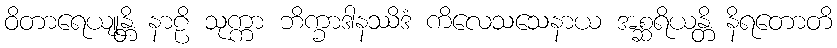
ဝိတာရေယျုန္တိ နာဠိ သုက္ကာ ဘိက္ခာဒါနဿိဒံ ကိလေသသေနာယ အစ္ဆရိယန္တိ နိရတောတိ